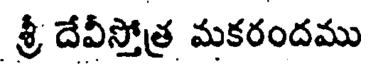
శ్రీ దేవీస్తోత్ర మకరందము